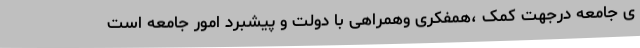
ی جامعه درجهت کمک ،همفکری وهمراهی با دولت و پیشبرد امور جامعه است